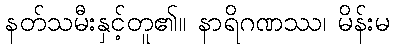
နတ်သမီးနှင့်တူ၏။ နာရိဂဏဿ၊ မိန်းမ